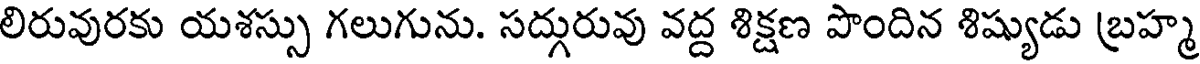
లిరువురకు యశస్సు గలుగును. సద్గురువు వద్ద శిక్షణ పొందిన శిష్యుడు బ్రహ్మ